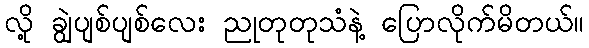
လို့ ချွဲပျစ်ပျစ်လေး ညုတုတုသံနဲ့ ပြောလိုက်မိတယ်။